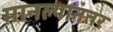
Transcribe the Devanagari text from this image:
मानल्यानंतर